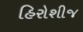
હિરોશીજ